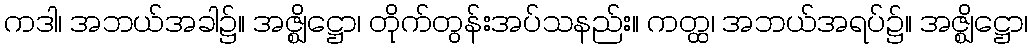
ကဒါ၊ အဘယ်အခါ၌။ အဇ္ဈိဋ္ဌော၊ တိုက်တွန်းအပ်သနည်း။ ကတ္ထ၊ အဘယ်အရပ်၌။ အဇ္ဈိဋ္ဌော၊